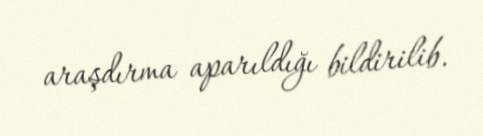
araşdırma aparıldığı bildirilib.